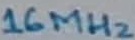
Text: 16Mhz